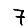
Digit: 7